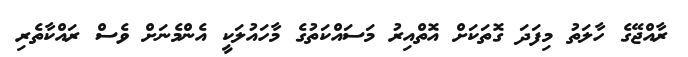
ރާއްޖޭގެ ހާލަތު މިފަދަ ގޮތަކަށް އޮތްއިރު މަސައްކަތުގެ މާހައުލަކީ އެންމެނަށް ވެސް ރައްކާތެރި